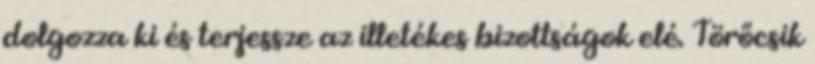
dolgozza ki és terjessze az illetékes bizottságok elé. Törőcsik